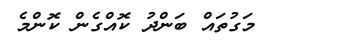
މަގުތައް ބަންދު ކޮއްގެން ކޮންމެ